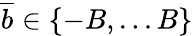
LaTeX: \overline{{b}}\in\{ -B,...B\}